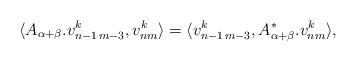
LaTeX: \begin{align*} \langle A_{\alpha+\beta}.v_{n-1\,m-3}^k,v_{nm}^k\rangle= \langle v_{n-1\,m-3}^k,A_{\alpha+\beta}^*.v_{nm}^k\rangle,\end{align*}